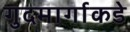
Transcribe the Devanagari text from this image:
गुदमार्गाकडे